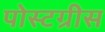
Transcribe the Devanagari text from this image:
पोस्टग्रीस